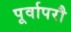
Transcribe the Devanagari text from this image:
पूर्वापरौ